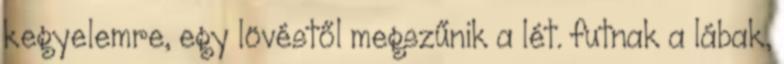
kegyelemre, egy lövéstől megszűnik a lét. futnak a lábak,